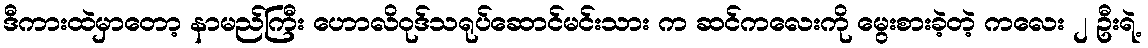
ဒီကားထဲမှာတော့ နာမည်ကြီး ဟောလိဝုဒ်သရုပ်ဆောင်မင်းသား က ဆင်ကလေးကို မွေးစားခဲ့တဲ့ ကလေး ၂ ဦးရဲ့